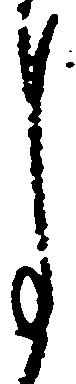
月